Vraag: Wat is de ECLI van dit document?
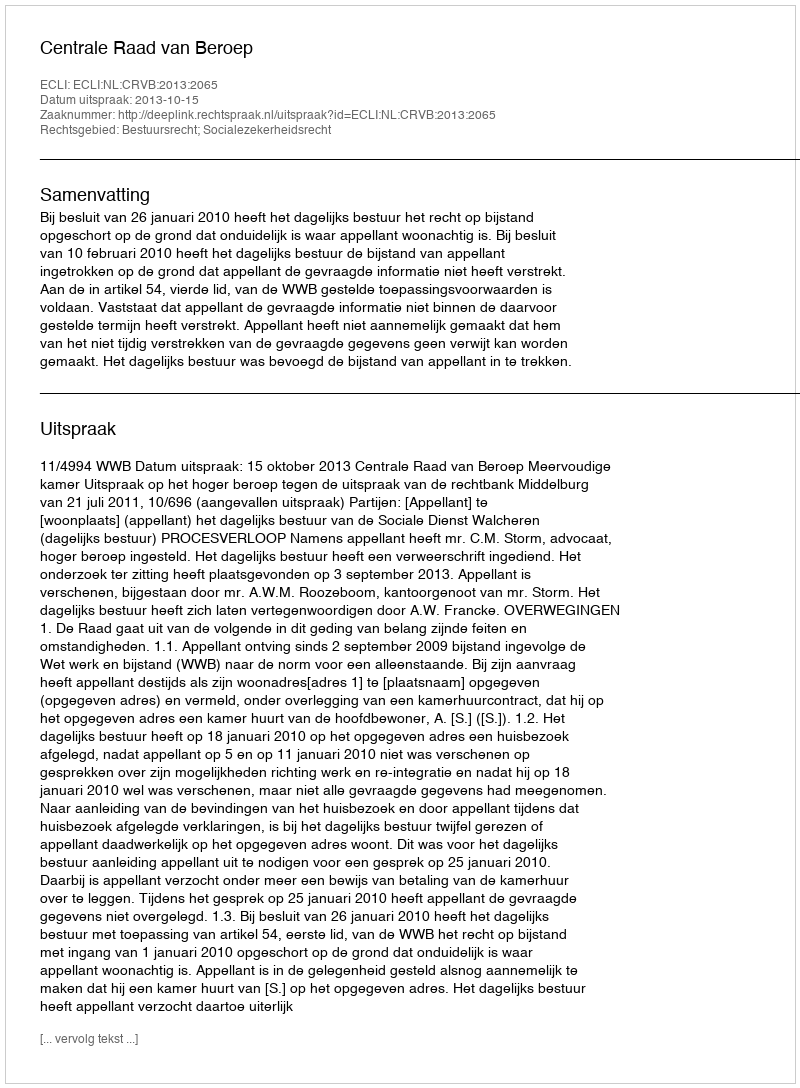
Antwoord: ECLI:NL:CRVB:2013:2065